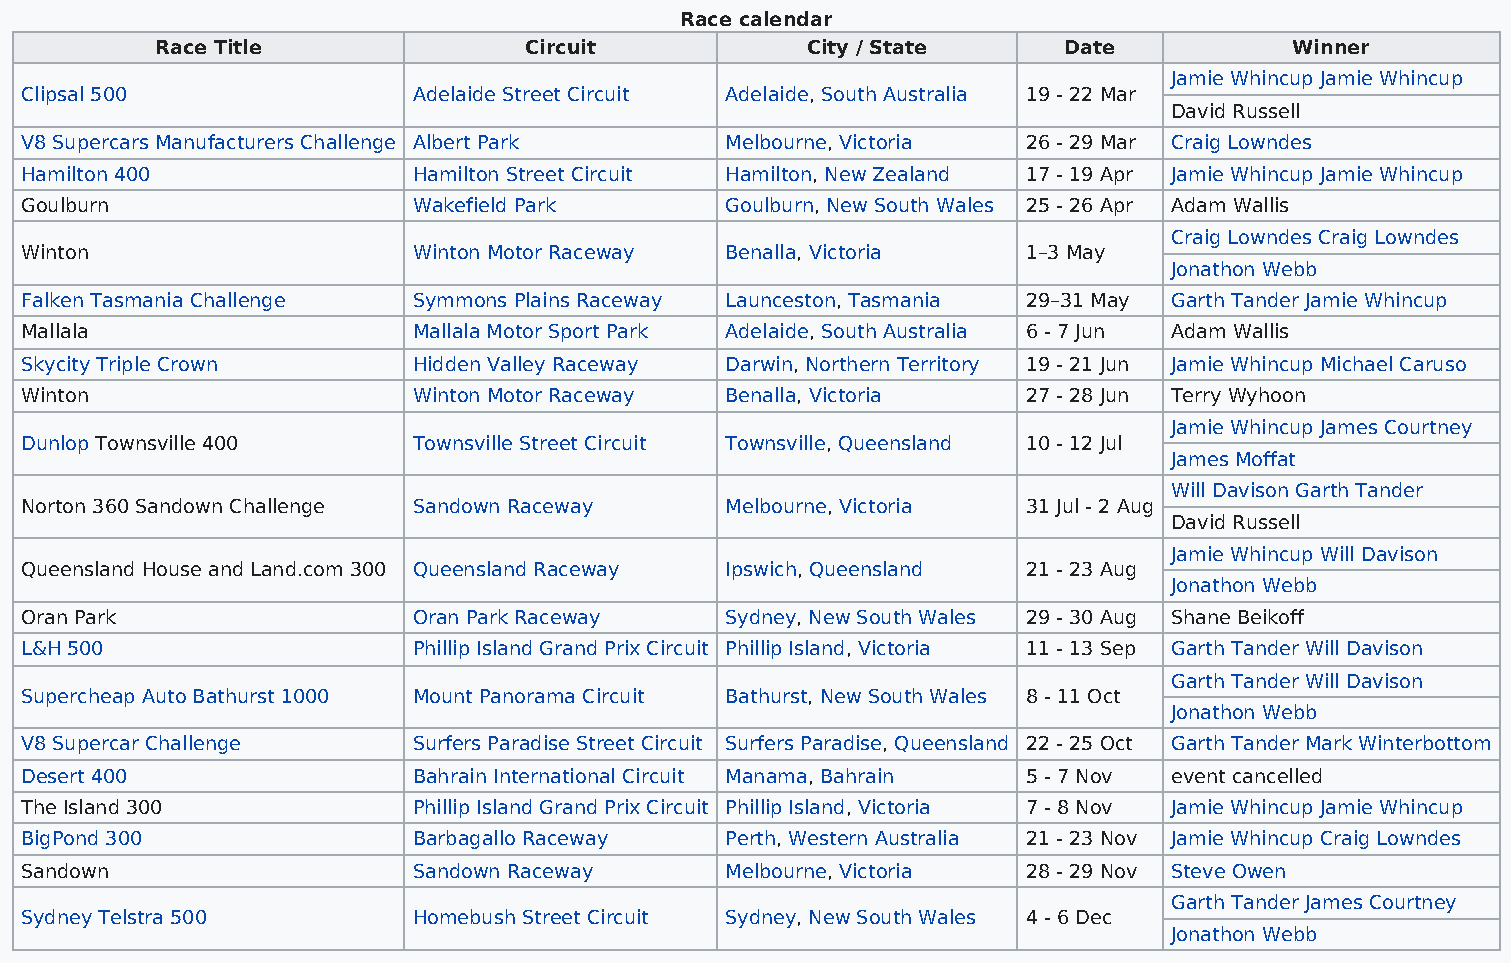
Race calendar
 Race Title               Circuit           City / State     Date            Winner
 Jamie Whincup Jamie Whincup
 Clipsal 500               Adelaide Street Circuit Adelaide, South Australia 19 - 22 Mar
 David Russell
 V8 Supercars Manufacturers Challenge Albert Park Melbourne, Victoria 26 - 29 Mar Craig Lowndes
 Hamilton 400              Hamilton Street Circuit Hamilton, New Zealand 17 - 19 Apr Jamie Whincup Jamie Whincup
 Goulburn                  Wakefield Park       Goulburn, New South Wales 25 - 26 Apr Adam Wallis
 Craig Lowndes Craig Lowndes
 Winton                    Winton Motor Raceway Benalla, Victoria   1–3 May
 Jonathon Webb
 Falken Tasmania Challenge Symmons Plains Raceway Launceston, Tasmania 29–31 May Garth Tander Jamie Whincup
 Mallala                   Mallala Motor Sport Park Adelaide, South Australia 6 - 7 Jun Adam Wallis
 Skycity Triple Crown      Hidden Valley Raceway Darwin, Northern Territory 19 - 21 Jun Jamie Whincup Michael Caruso
 Winton                    Winton Motor Raceway Benalla, Victoria   27 - 28 Jun Terry Wyhoon
 Jamie Whincup James Courtney
 Dunlop Townsville 400     Townsville Street Circuit Townsville, Queensland 10 - 12 Jul
 James Moffat
 Will Davison Garth Tander
 Norton 360 Sandown Challenge Sandown Raceway   Melbourne, Victoria 31 Jul - 2 Aug
 David Russell
 Jamie Whincup Will Davison
 Queensland House and Land.com 300 Queensland Raceway Ipswich, Queensland 21 - 23 Aug
 Jonathon Webb
 Oran Park                 Oran Park Raceway    Sydney, New South Wales 29 - 30 Aug Shane Beikoff
 L&H 500                   Phillip Island Grand Prix Circuit Phillip Island, Victoria 11 - 13 Sep Garth Tander Will Davison
 Garth Tander Will Davison
 Supercheap Auto Bathurst 1000 Mount Panorama Circuit Bathurst, New South Wales 8 - 11 Oct
 Jonathon Webb
 V8 Supercar Challenge     Surfers Paradise Street Circuit Surfers Paradise, Queensland 22 - 25 Oct Garth Tander Mark Winterbottom
 Desert 400                Bahrain International Circuit Manama, Bahrain 5 - 7 Nov event cancelled
 The Island 300            Phillip Island Grand Prix Circuit Phillip Island, Victoria 7 - 8 Nov Jamie Whincup Jamie Whincup
 BigPond 300               Barbagallo Raceway   Perth, Western Australia 21 - 23 Nov Jamie Whincup Craig Lowndes
 Sandown                   Sandown Raceway      Melbourne, Victoria 28 - 29 Nov Steve Owen
 Garth Tander James Courtney
 Sydney Telstra 500        Homebush Street Circuit Sydney, New South Wales 4 - 6 Dec
 Jonathon Webb